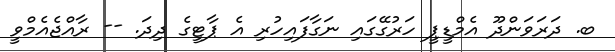
ބ. ދަރަވަންދޫ އެމްޑީޕީ ހަރުގޭގައި ނަގާފައިހުރި އެ ޕާޓީގެ ދިދަ. -- ރާއްޖެއެމްވީ